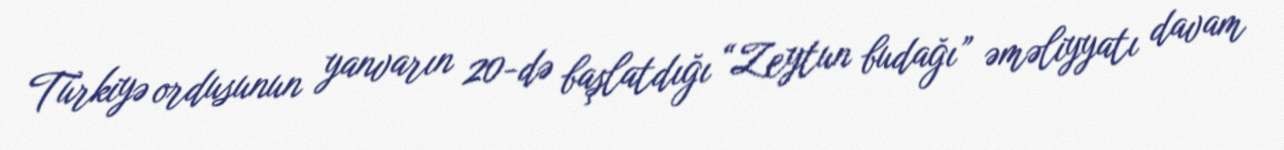
Türkiyə ordusunun yanvarın 20-də başlatdığı “Zeytun budağı” əməliyyatı davam